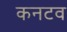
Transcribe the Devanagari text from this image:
कनटव